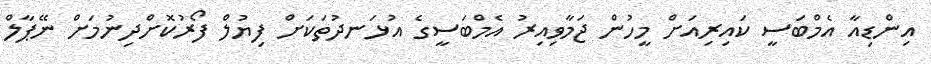
އިންޑިއާ އެމްބަސީ ކައިރިއަށް މީހުން ޖަމާވިއިރު އެމްބަސީގެ އުޅަނދުތަކަށް ފިޔުލް ފޯރުކޮށްދިނުމަށް ނޭޕާލް